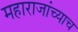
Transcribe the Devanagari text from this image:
महाराजांच्याच